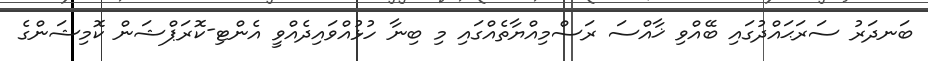
ބަނދަރު ސަރަޙައްދުގައި ބޭއްވި ޚާއްސަ ރަސްމިއްޔާތެއްގައި މި ބިނާ ހުޅުއްވައިދެއްވީ އެންޓި-ކޮރަޕްޝަން ކޮމިޝަންގެ